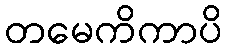
တမေကိကာပိ